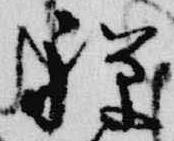
禅